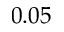
0 . 0 5